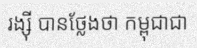
រង្ស៊ី បានថ្លែងថា កម្ពុជាជា